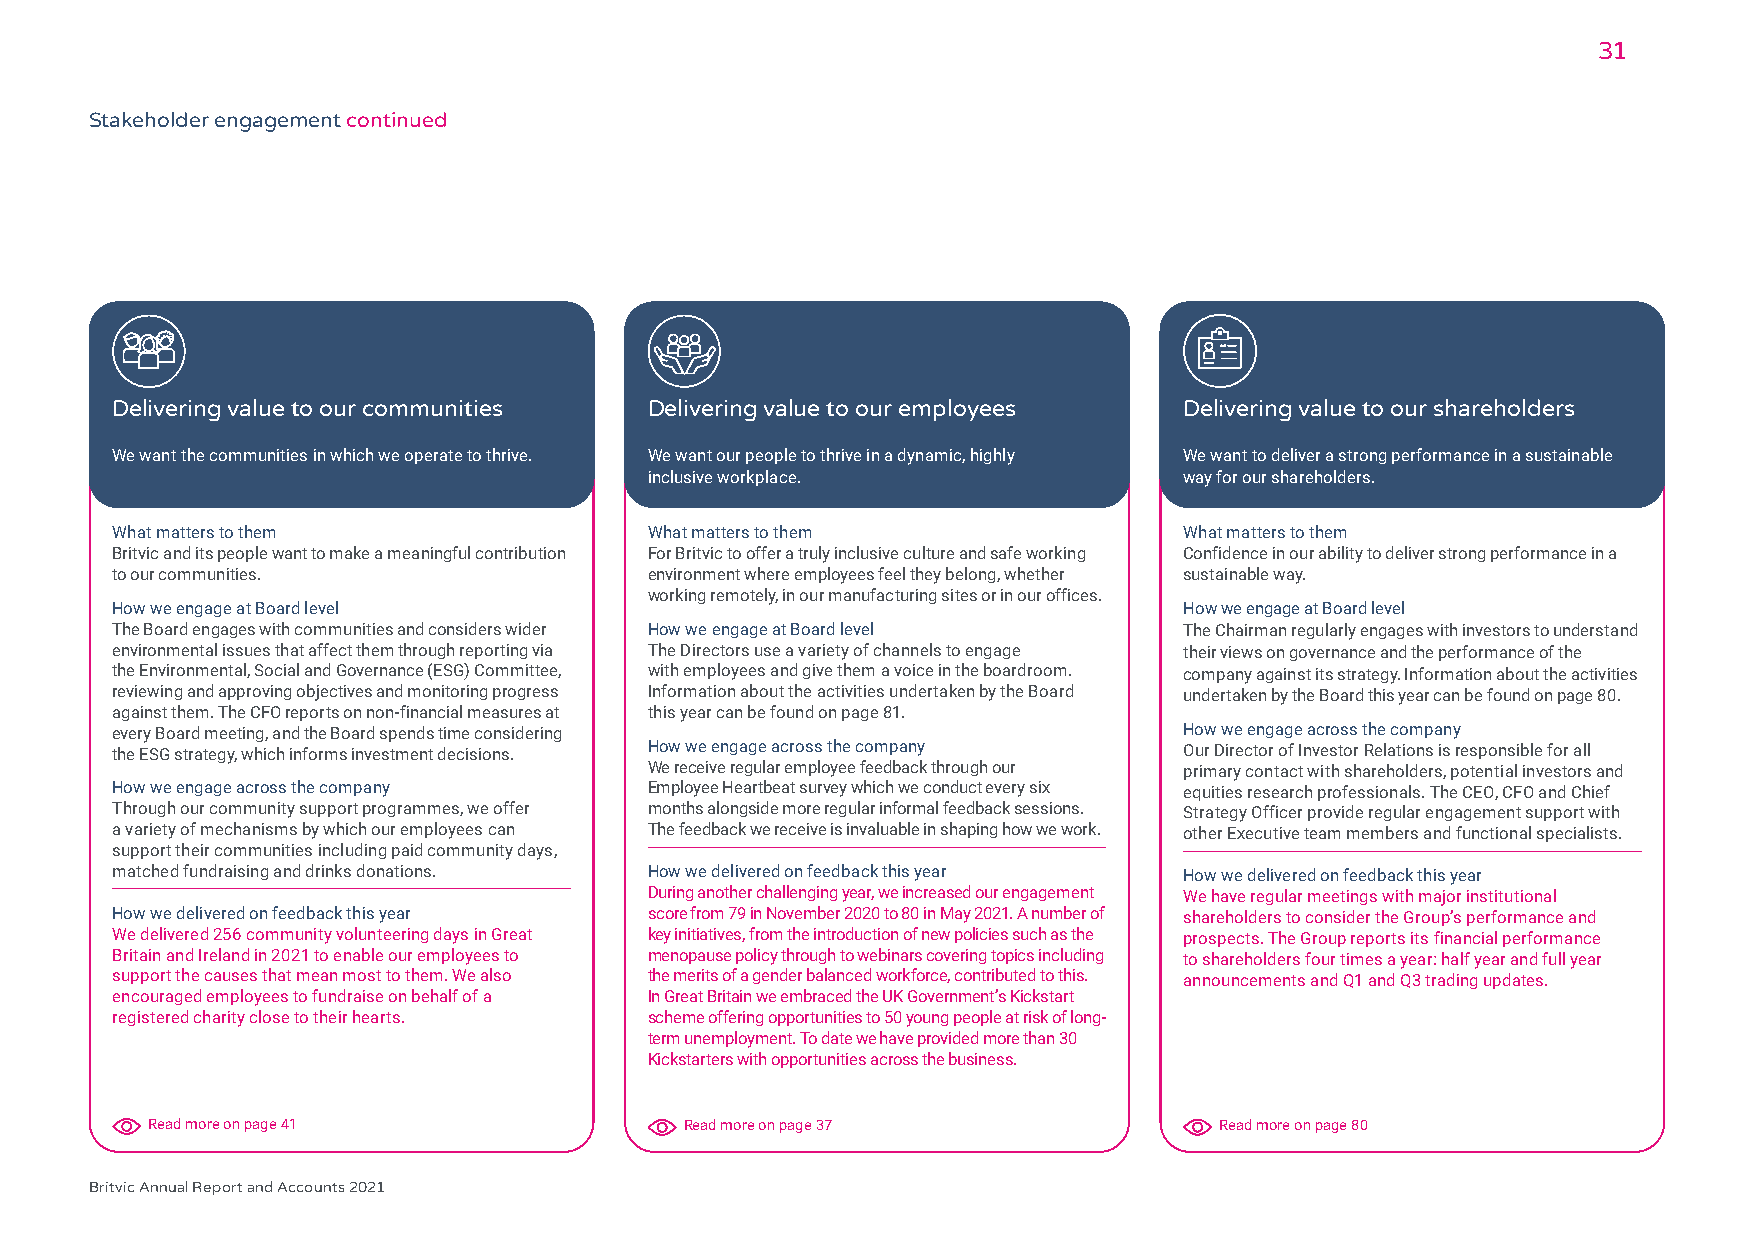
31
 Stakeholder engagement continued
 Delivering value to our communities Delivering value to our employees  Delivering value to our shareholders
 We want the communities in which we operate to thrive. We want our people to thrive in a dynamic, highly We want to deliver a strong performance in a sustainable
 inclusive workplace.               way for our shareholders.
 What matters to them                What matters to them               What matters to them
 Britvic and its people want to make a meaningful contribution For Britvic to offer a truly inclusive culture and safe working Confidence in our ability to deliver strong performance in a
 to our communities.                 environment where employees feel they belong, whether sustainable way.
 working remotely, in our manufacturing sites or in our offices.
 How we engage at Board level                                           How we engage at Board level
 The Board engages with communities and considers wider How we engage at Board level The Chairman regularly engages with investors to understand
 environmental issues that affect them through reporting via The Directors use a variety of channels to engage their views on governance and the performance of the
 the Environmental, Social and Governance (ESG) Committee, with employees and give them a voice in the boardroom. company against its strategy. Information about the activities
 reviewing and approving objectives and monitoring progress Information about the activities undertaken by the Board undertaken by the Board this year can be found on page 80.
 against them. The CFO reports on non-financial measures at this year can be found on page 81.
 every Board meeting, and the Board spends time considering             How we engage across the company
 the ESG strategy, which informs investment decisions. How we engage across the company Our Director of Investor Relations is responsible for all
 We receive regular employee feedback through our primary contact with shareholders, potential investors and
 How we engage across the company    Employee Heartbeat survey which we conduct every six equities research professionals. The CEO, CFO and Chief
 Through our community support programmes, we offer months alongside more regular informal feedback sessions. Strategy Officer provide regular engagement support with
 a variety of mechanisms by which our employees can The feedback we receive is invaluable in shaping how we work. other Executive team members and functional specialists.
 support their communities including paid community days,
 matched fundraising and drinks donations. How we delivered on feedback this year How we delivered on feedback this year
 During another challenging year, we increased our engagement We have regular meetings with major institutional
 How we delivered on feedback this year score from 79 in November 2020 to 80 in May 2021. A number of shareholders to consider the Group’s performance and
 We delivered 256 community volunteering days in Great key initiatives, from the introduction of new policies such as the prospects. The Group reports its financial performance
 Britain and Ireland in 2021 to enable our employees to menopause policy through to webinars covering topics including to shareholders four times a year: half year and full year
 support the causes that mean most to them. We also the merits of a gender balanced workforce, contributed to this. announcements and Q1 and Q3 trading updates.
 encouraged employees to fundraise on behalf of a In Great Britain we embraced the UK Government’s Kickstart
 registered charity close to their hearts. scheme offering opportunities to 50 young people at risk of long-
 term unemployment. To date we have provided more than 30
 Kickstarters with opportunities across the business.
 Read more on page 41               Read more on page 37                Read more on page 80
 Britvic Annual Report and Accounts 2021